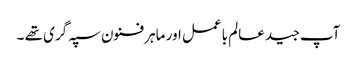
آپ جید عالم باعمل اور ماہر فنون سپہ گری تھے ۔